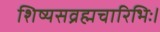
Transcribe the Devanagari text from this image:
शिष्यसव्रह्मचारिभिः।